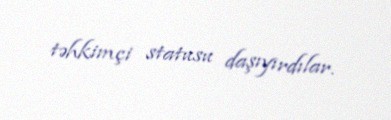
təhkimçi statusu daşıyırdılar.